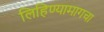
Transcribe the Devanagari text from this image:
लिहिण्यामागचा